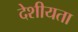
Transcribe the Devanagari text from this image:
देशीयता